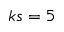
k s = 5